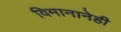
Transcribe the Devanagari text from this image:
विमानानेही